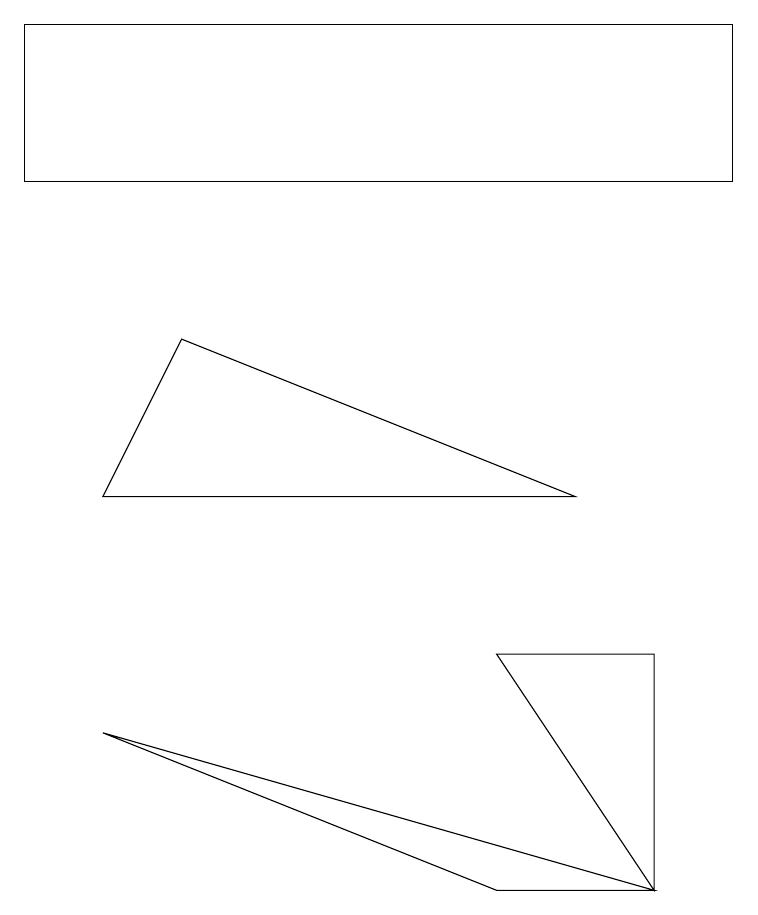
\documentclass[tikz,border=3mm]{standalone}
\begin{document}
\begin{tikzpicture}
\draw (6,2) -- (1,4) -- (8,2) -- cycle;
\draw (7,7) -- (1,7) -- (2,9) -- cycle;
\draw (6,5) -- (8,2) -- (8,5) -- cycle;
\draw (0,11) rectangle (9,13);
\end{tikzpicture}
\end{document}